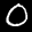
Label: 0